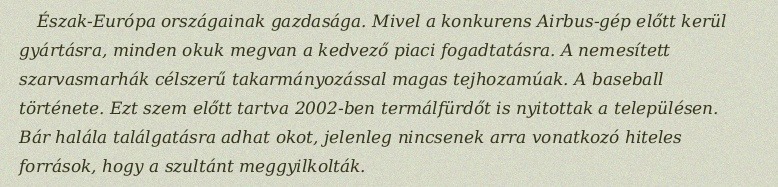
Észak-Európa országainak gazdasága. Mivel a konkurens Airbus-gép előtt kerül gyártásra, minden okuk megvan a kedvező piaci fogadtatásra. A nemesített szarvasmarhák célszerű takarmányozással magas tejhozamúak. A baseball története. Ezt szem előtt tartva 2002-ben termálfürdőt is nyitottak a településen. Bár halála találgatásra adhat okot, jelenleg nincsenek arra vonatkozó hiteles források, hogy a szultánt meggyilkolták.